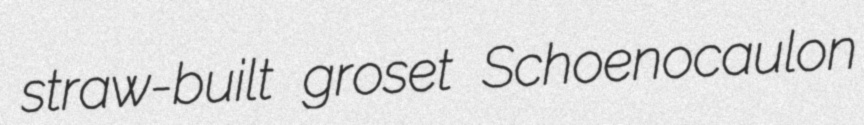
straw-built groset Schoenocaulon